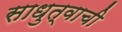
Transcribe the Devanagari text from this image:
साधुत्वाची